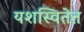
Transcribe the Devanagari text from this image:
यशस्वितेत